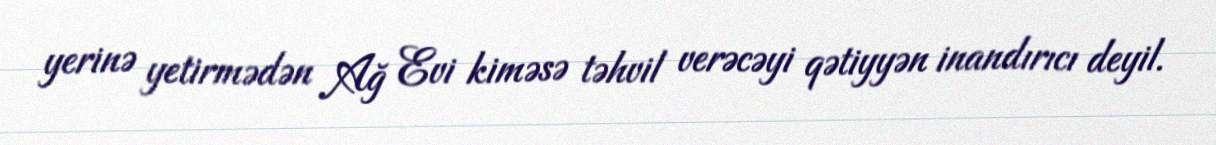
yerinə yetirmədən Ağ Evi kiməsə təhvil verəcəyi qətiyyən inandırıcı deyil.